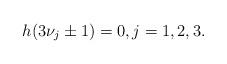
LaTeX: \begin{align*} h(3\nu_j \pm 1) = 0, j = 1, 2, 3.\end{align*}